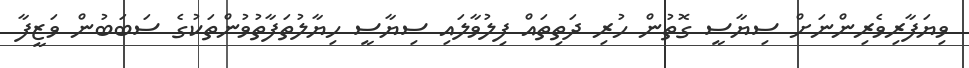
ވިޔަފާރިވެރިންނަށް ސިޔާސީ ގޮތުން ހުރި ދަތިތައް ފިލުވާލައި ސިޔާސީ ހިޔާލުތަފާތުވުންތަކުގެ ސަބަބުން ވަޒީފާ